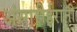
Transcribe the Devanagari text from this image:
अंसारीईरानी